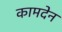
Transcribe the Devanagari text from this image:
कामदेन